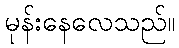
မုန်းနေလေသည်။